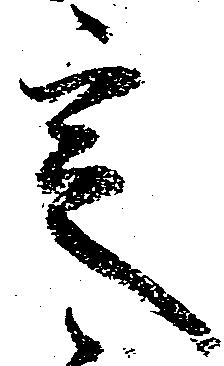
定